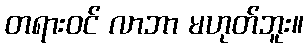
တရားဝင် လာဘာ မဟုတ်ဘူး။